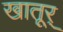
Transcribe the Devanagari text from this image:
खातूर्